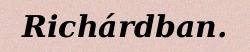
Richárdban.